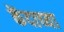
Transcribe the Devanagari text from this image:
केंदाच्या